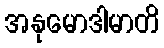
အနုမောဒါမာတိ